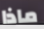
ماذا